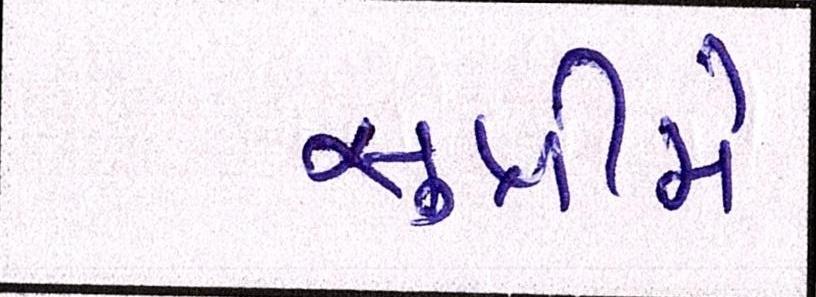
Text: સુપ્રીમે